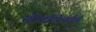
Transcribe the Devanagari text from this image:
सीआईटीआईसी